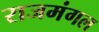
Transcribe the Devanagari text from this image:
राजमंगल